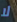
لا